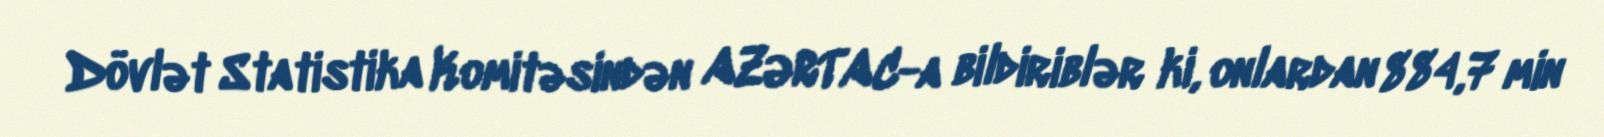
Dövlət Statistika Komitəsindən AZƏRTAC-a bildiriblər ki, onlardan 884,7 min